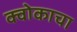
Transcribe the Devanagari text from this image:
क्वोकाचा